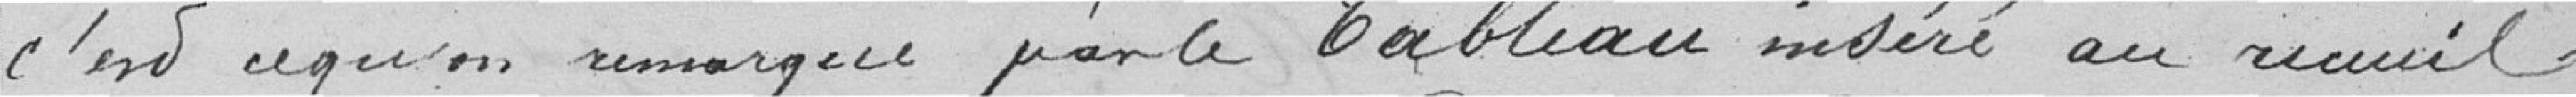
C'est ce qu'on remarque par le Tableau inséré au recueil